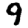
Digit: 9